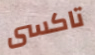
تاكسى